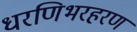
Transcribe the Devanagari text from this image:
धरणिभरहरण